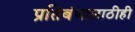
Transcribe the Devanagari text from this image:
प्रतिबंधासाठीही